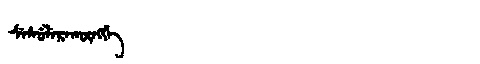
Manchu: ᠰᡝᠰᡠᠯᡝᡵᠠᡴᡡᠩᡤᡝ
Romanization: SESULERAKŪNGGE